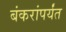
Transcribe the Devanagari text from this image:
बंकरांपर्यंत